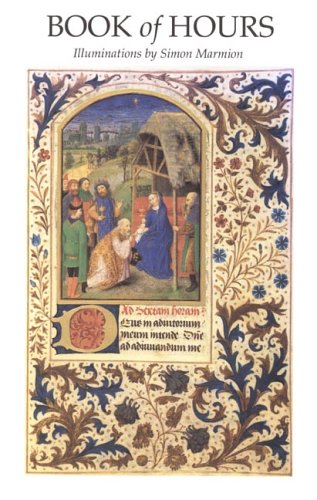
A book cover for Book of Hours: Illuminations by Simon Marmion; Simon Marmion; Arts & Photography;